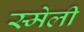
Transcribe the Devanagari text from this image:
स्मेली